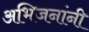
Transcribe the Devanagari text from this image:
अभिजनांनी